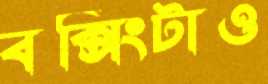
বক্সিংটাও